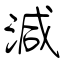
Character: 減